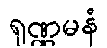
ရုဏ္ဏမနံ